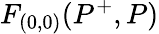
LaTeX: F_{(0,0)}(P^{+},P)